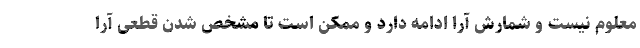
معلوم نیست و شمارش آرا ادامه دارد و ممکن است تا مشخص شدن قطعی آرا